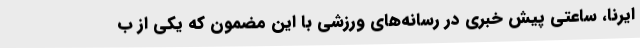
ایرنا، ساعتی پیش خبری در رسانه‌های ورزشی با این مضمون که یکی از ب